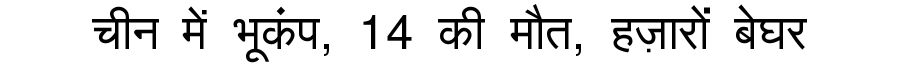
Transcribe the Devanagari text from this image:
चीन में भूकंप, 14 की मौत, हज़ारों बेघर